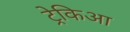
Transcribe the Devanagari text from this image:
ट्रेकिआ